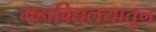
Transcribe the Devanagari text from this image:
महाविद्यलयातून